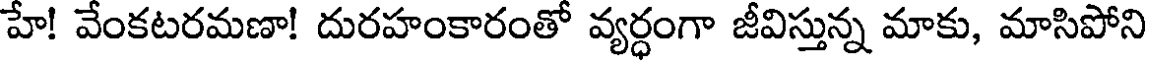
హే! వేంకటరమణా! దురహంకారంతో వ్యర్ధంగా జీవిస్తున్న మాకు, మాసిపోని